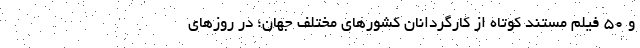
و ۵۰ فیلم مستند کوتاه از کارگردانان کشورهای مختلف جهان؛ در روزهای